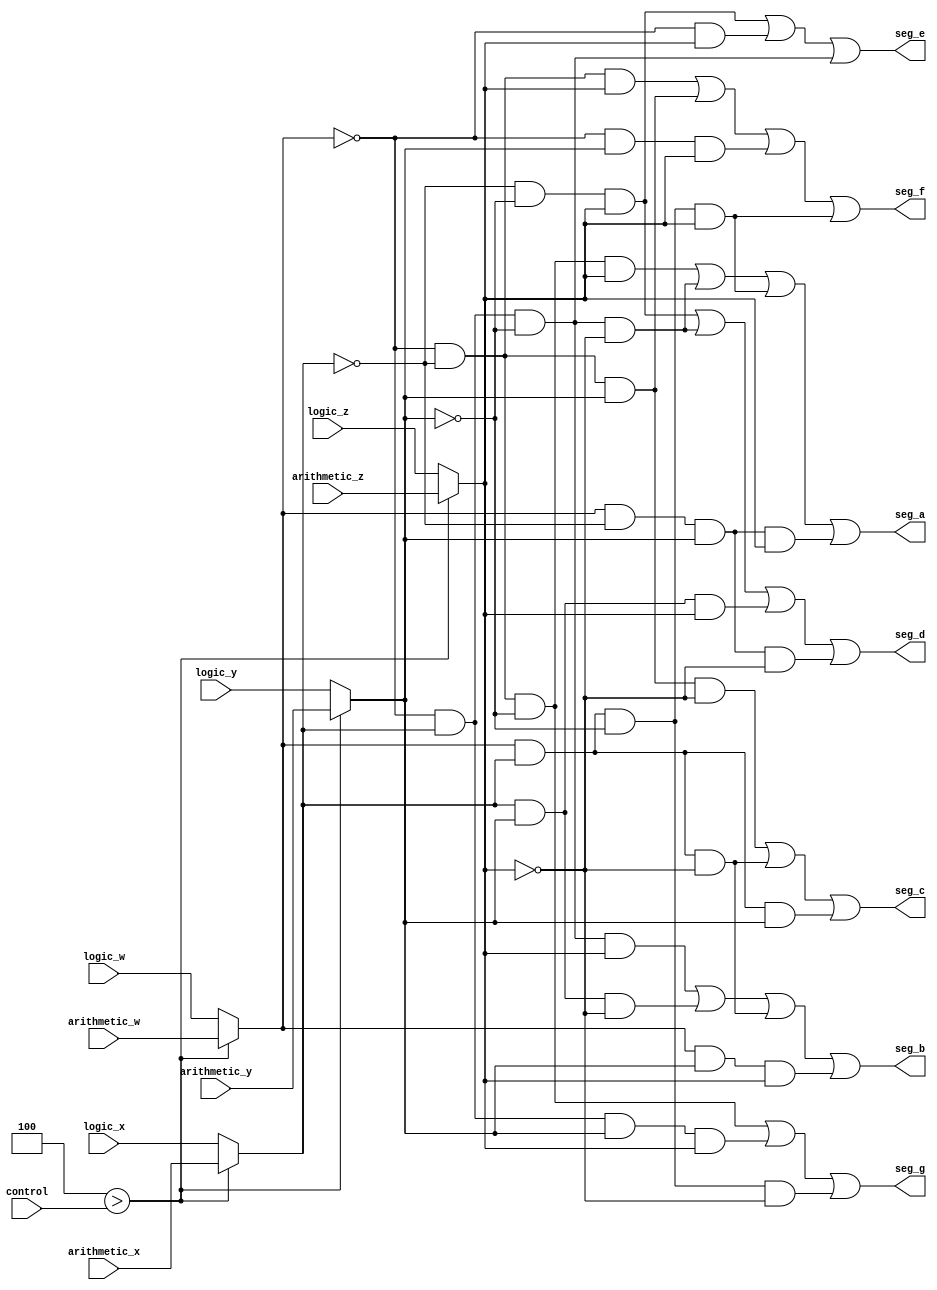
module BinaryToHexadecimal (
//4 bits de entrada
input [3:0] control,
//Entradas de las cuales se obtiene su valor del modulo BinaryToBCD o directamente desde result.
input logic_w,logic_x,logic_y,logic_z,arithmetic_w,arithmetic_x,arithmetic_y,arithmetic_z,
//Salidas a los segmentos
output seg_a,seg_b,seg_c,seg_d,seg_e,seg_f,seg_g);

reg w,x,y,z;

//En cualquier cambio
always@ *
begin
//Si es una operacion aritmetica, utilizamos la salida del modulo BinaryToBCD (0 a 9)
if (4 > control)
	begin
	w = arithmetic_w;
	x = arithmetic_x;
	y = arithmetic_y;
	z = arithmetic_z;
	end
//Si es una operacion logica, se utiliza la salida pura de la ALU para que el resultado salga en hexadecimal (del 0 a F).
else
	begin
	w = logic_w;
	x = logic_x;
	y = logic_y;
	z = logic_z;
	end
end

//Logica combinacional para la salida a cada segmento
assign seg_a = ~w&~x&~y&z | ~w&x&~y&~z | w&x&~y&z |w&~x&y&z;
assign seg_b = ~w&x&~y&z | x&y&~z | w&x&~z | w&y&z;
assign seg_c = ~w&~x&y&~z | w&x&~z | w&x&y;
assign seg_d = ~x&~y&z | ~w&x&~y&~z | x&y&z | w&~x&y&~z;
assign seg_e = ~x&~y&z | ~w&z | ~w&x&~y;
assign seg_f = ~w&~x&z | ~w&~x&y | ~w&y&z | w&x&~y&z;
assign seg_g = ~w&~x&~y | ~w&x&y&z | w&x&~y&~z;

endmodule